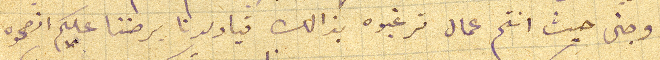
اوجنى حيث انتم عمال ترغبوه بذالك فيا ولدنا برضنا عليكم انصحوه